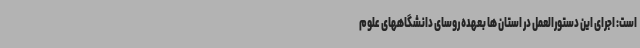
است: اجرای این دستورالعمل در استان ها بعهده روسای دانشگاههای علوم